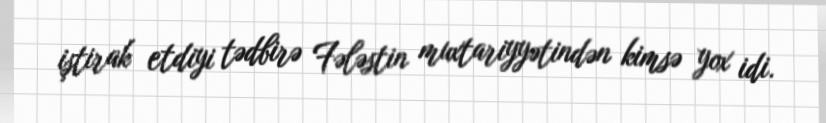
iştirak etdiyi tədbirə Fələstin muxtariyyətindən kimsə yox idi.